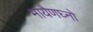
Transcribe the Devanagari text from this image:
मायैणघ्नो